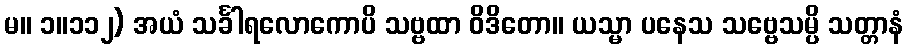
မ။ ၁။၁၁၂) အယံ သင်္ခါရလောကောပိ သဗ္ဗထာ ဝိဒိတော။ ယသ္မာ ပနေသ သဗ္ဗေသမ္ပိ သတ္တာနံ